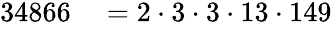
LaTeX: \begin{array}{rl}{34866}&{{}=2\cdot 3\cdot 3\cdot 13\cdot 149}\end{array}